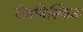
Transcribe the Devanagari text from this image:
रोमनिस्किऊ